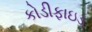
કોડીફાઇડ